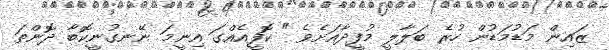
ޒައިން މަޑުމަޑުން ހުރެ ބަލާލީ މުފީދާއަށެވެ " ކޮފީއެއްގަ އިނީމަ ނޭނގުނީކޮބާ ދޮންތަ